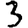
Digit: 3